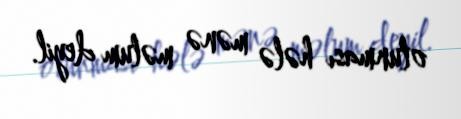
olunması hələ mənə məlum deyil.